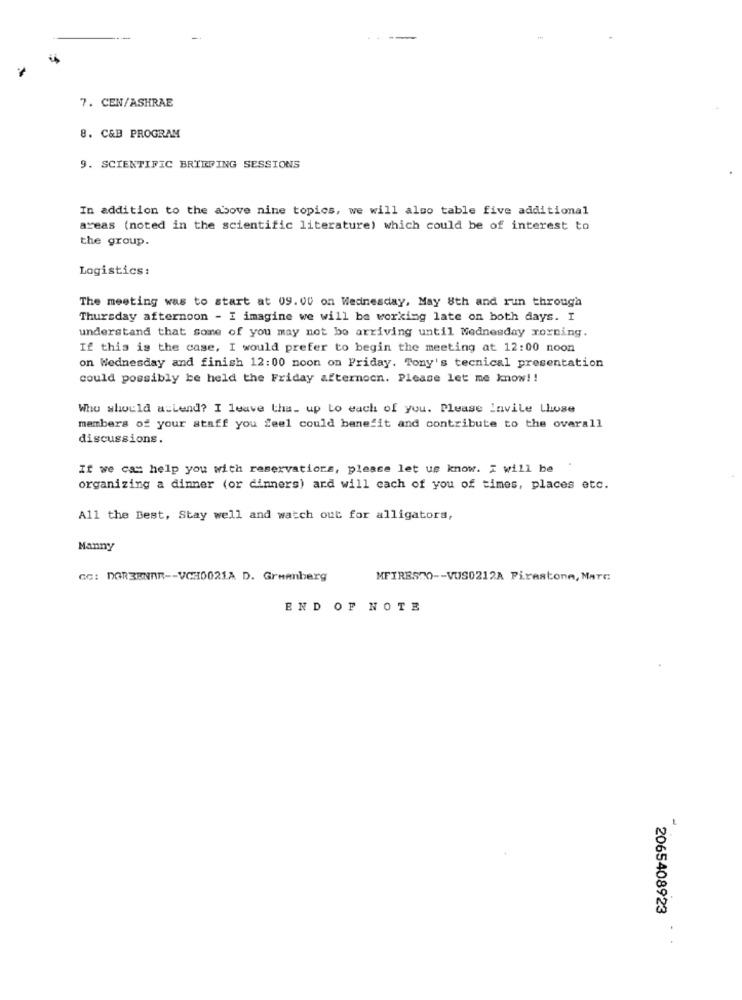
-
7. CEN/ASHRAE
8. C&B PROGRAM
9. SCIENTIFIC BRIEFING SESSIONS
In addition to the above nine topics, we will also table five additional
areas (noted in the scientific literature) which could be of interest to
the group.
Logistics:
The meeting was to start at 09.00 on Wednesday, May 8th and run through
Thursday afternoon - I imagine we will be working late on both days. I
understand that some of you may not be arriving until Wednesday xorning.
If this is the case, I would prefer to begin the meeting at 12:00 noon
on Wednesday and finish 12:00 noon on Friday. Tony's tecnical presentation
could possibly be held the Friday afternoon. Please let me know! !
Who should allend? I leave the_ up to each of you. Please Invite Cluse
members of your staff you feel could benefit and contribute to the overall
discussions.
If we can help you with reservations, please let us know. i will be
organizing a dinner (or dinners) and will cach of you of times, places etc.
All the Best, Stay well and watch out for alligators,
Manny
GC: DGR3BNAR -- VGH0021A D. Greenberg
MFIRESTO -- VUS0212A Firestone, MATE
END OF NOTE
2065408923